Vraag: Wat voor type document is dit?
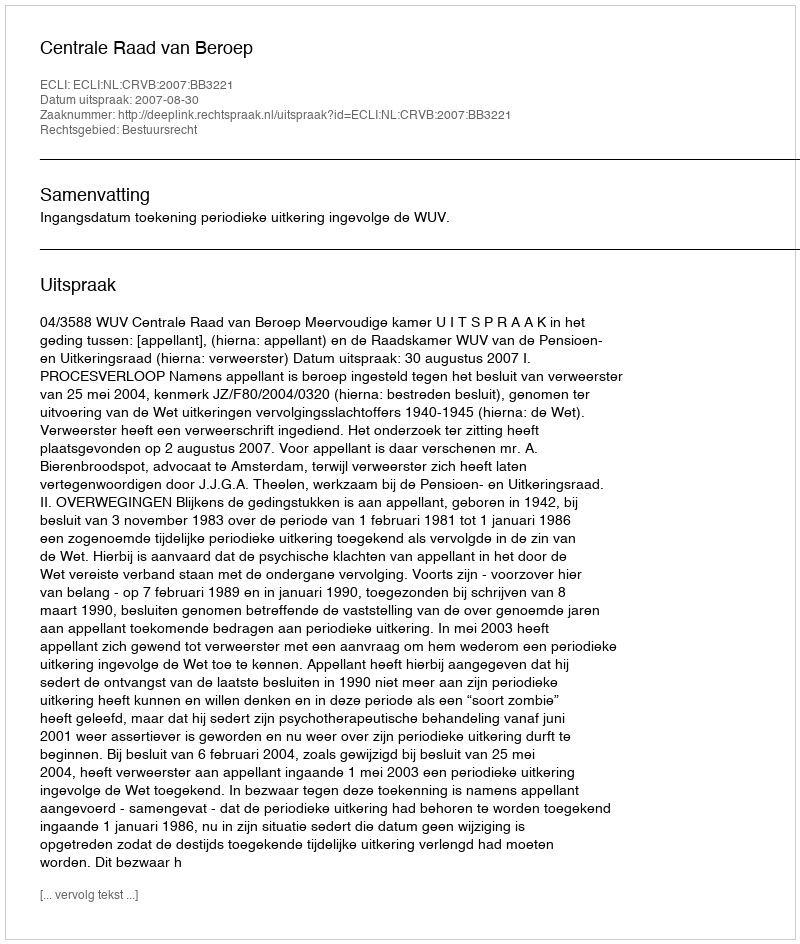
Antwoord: Uitspraak